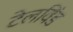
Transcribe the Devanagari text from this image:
टेलविंड